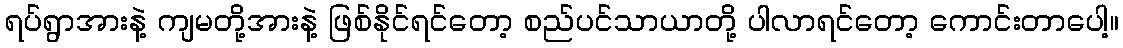
ရပ်ရွာအားနဲ့ ကျမတို့အားနဲ့ ဖြစ်နိုင်ရင်တော့ စည်ပင်သာယာတို့ ပါလာရင်တော့ ကောင်းတာပေါ့။